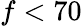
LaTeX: f<70